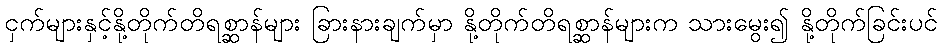
ငှက်များနှင့်နို့တိုက်တိရစ္ဆာန်များ ခြားနားချက်မှာ နို့တိုက်တိရစ္ဆာန်များက သားမွေး၍ နို့တိုက်ခြင်းပင်